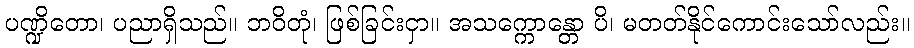
ပဏ္ဍိတော၊ ပညာရှိသည်။ ဘဝိတုံ၊ ဖြစ်ခြင်းငှာ။ အသက္ကောန္တော ပိ၊ မတတ်နိုင်ကောင်းသော်လည်း။